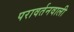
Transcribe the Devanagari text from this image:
परावर्तनवाली